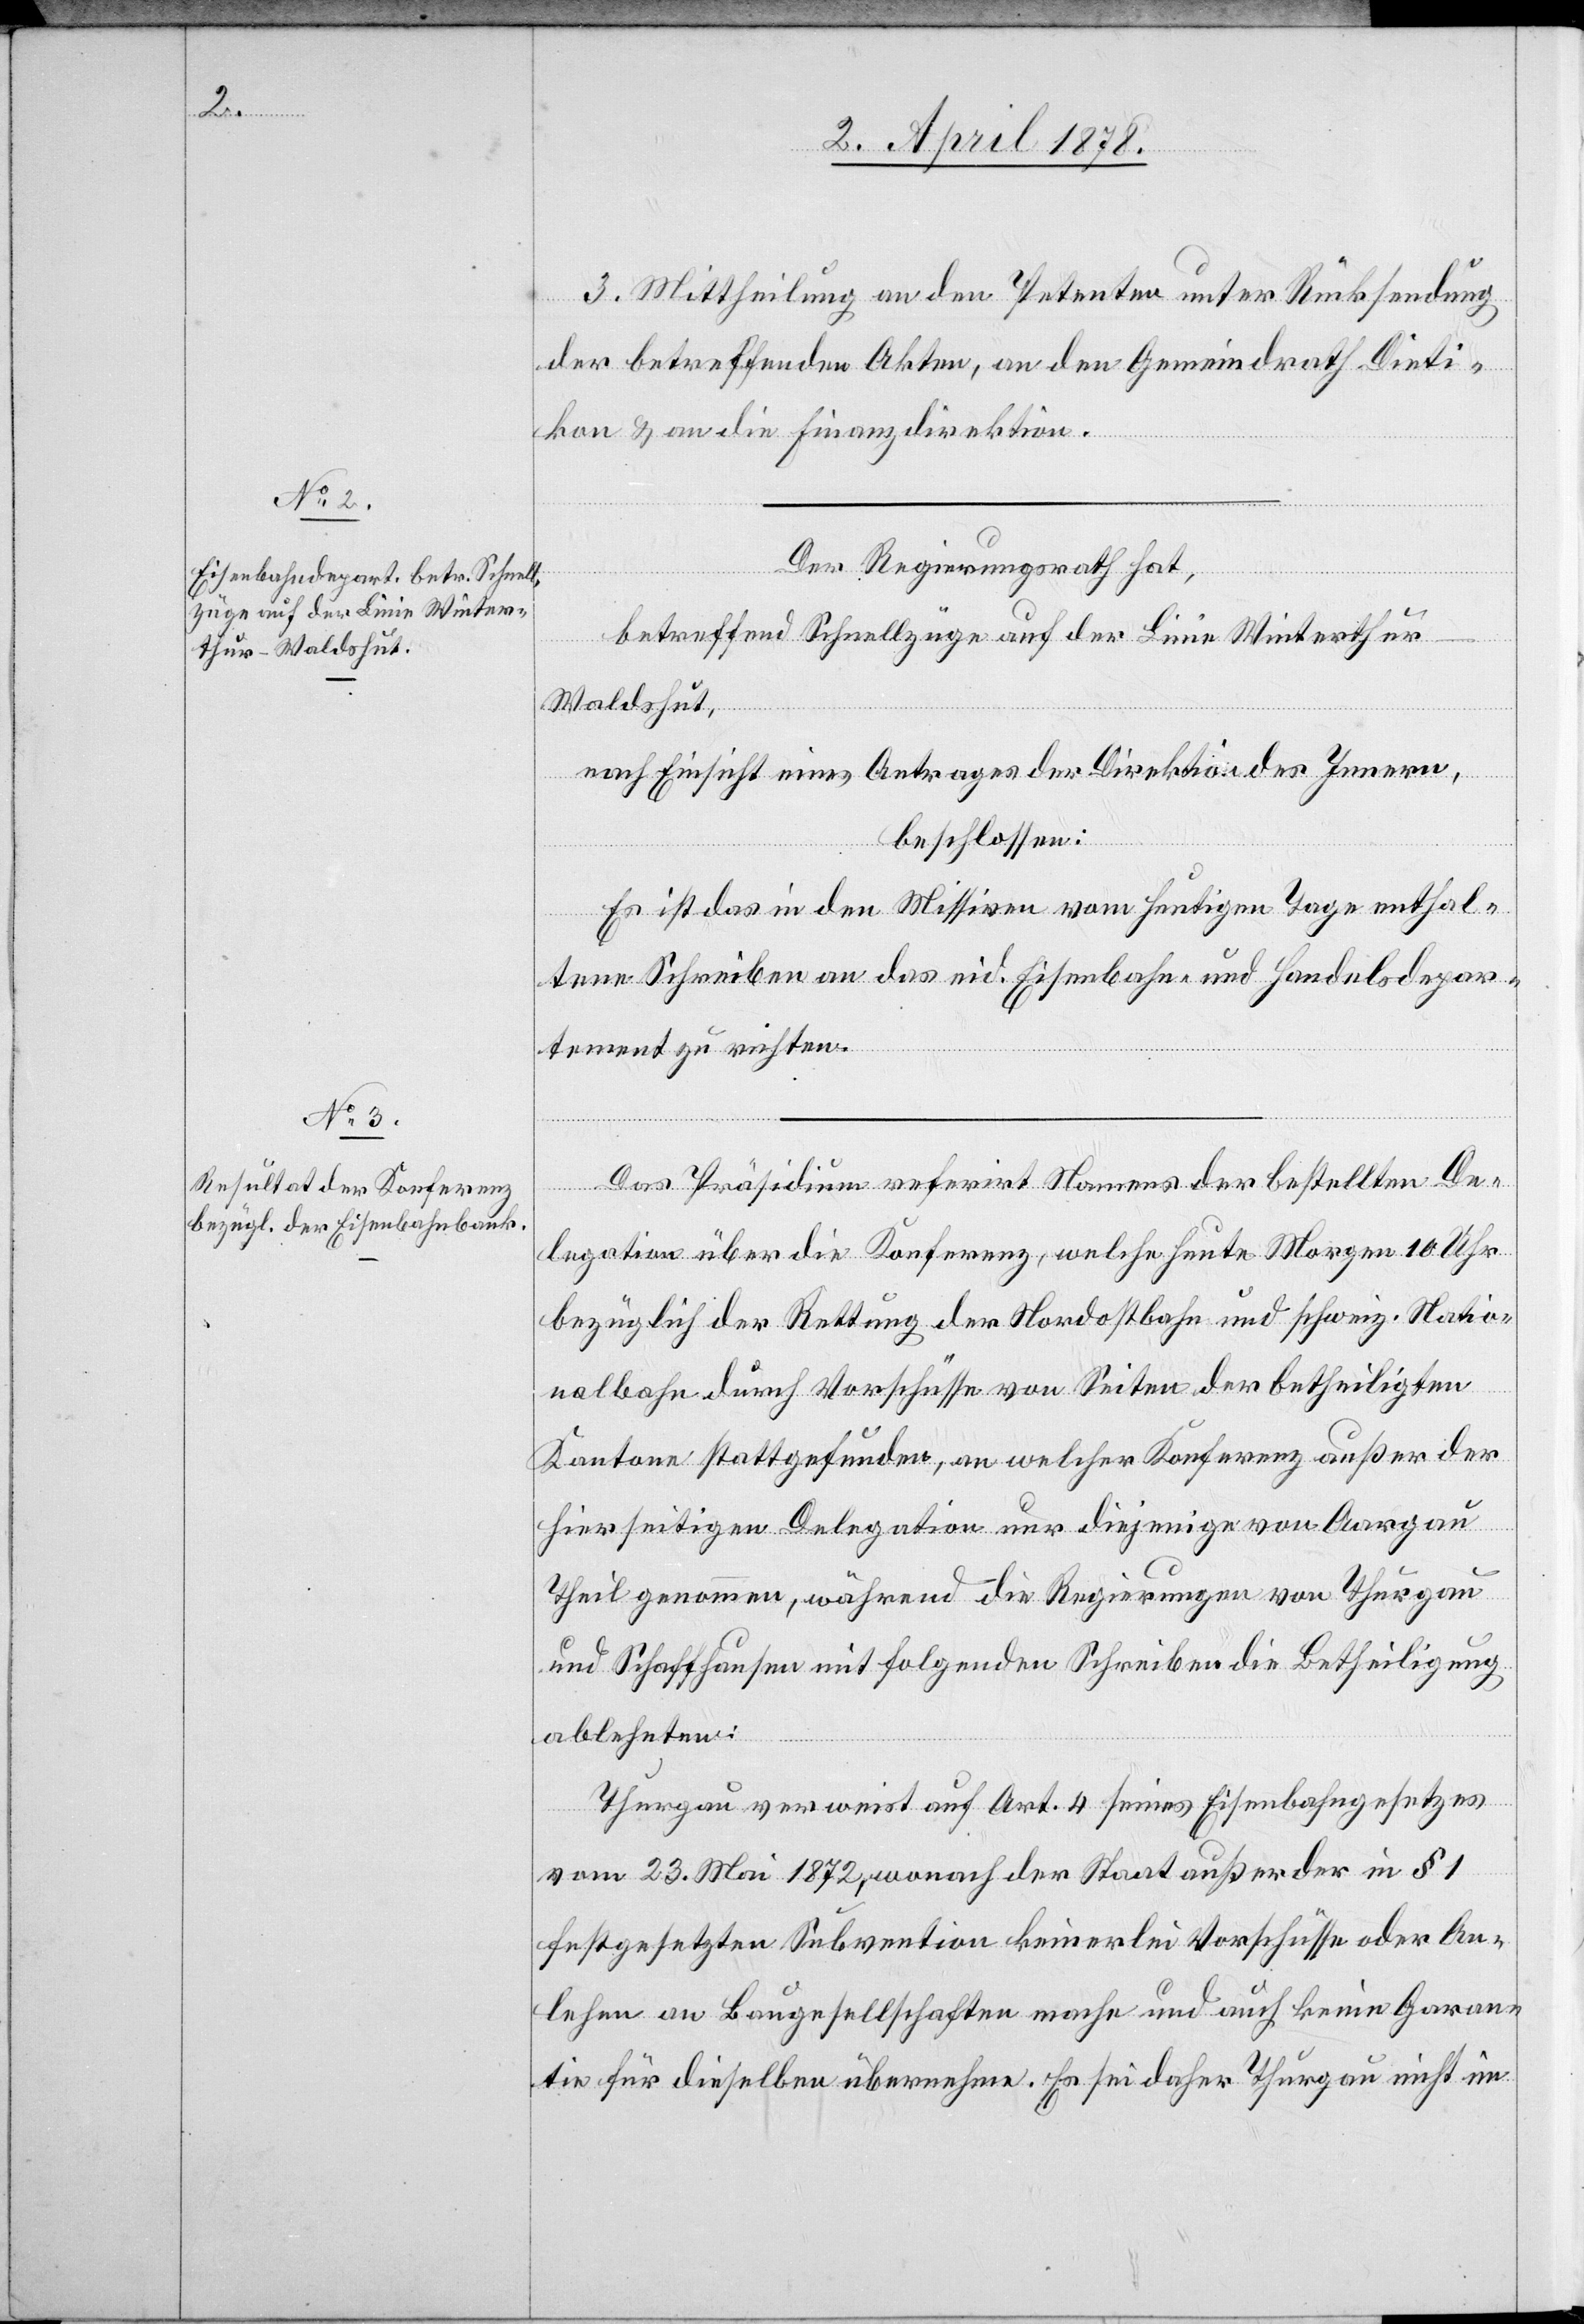
3. Mittheilung an den Petenten unter Rücksendung
der betreffenden Akten, an den Gemeindrath Dieti¬
kon & an die Finanzdirektion.
Der Regierungsrath hat,
betreffend Schnellzüge auf der Linie Winterthu¬
r–Waldshut,
nach Einsicht eines Antrages der Direktion des Innern,
beschlossen:
Es ist das in den Missiven vom heutigen Tage enthal¬
tene Schreiben an das eid. Eisenbahn- und Handelsdepar¬
tement zu richten.
Das Präsidium referirt Namens der bestellten De¬
legation über die Konferenz, welche heute Morgen 10 Uhr
bezüglich der Rettung der Nordostbahn und schweiz. Natio¬
nalbahn durch Vorschüsse von Seiten der betheiligten
Kantone stattgefunden, an welcher Konferenz außer der
hierseitigen Delegation nur diejenigen von Aargau
Theil genommen, während die Regierungen von Thurgau
und Schaffhausen mit folgenden Schreiben die Betheiligung
ablehnten:
Thurgau verweist auf Art. 4 seines Eisenbahngesetzes
vom 23. Mai 1872, wonach der Staat außer der in § 1
festgesetzten Subvention keinerlei Vorschüsse oder An¬
lehen an Baugesellschaften mache und auch keine Garan¬
tie für dieselben übernehme. Es sei daher Thurgau nicht im